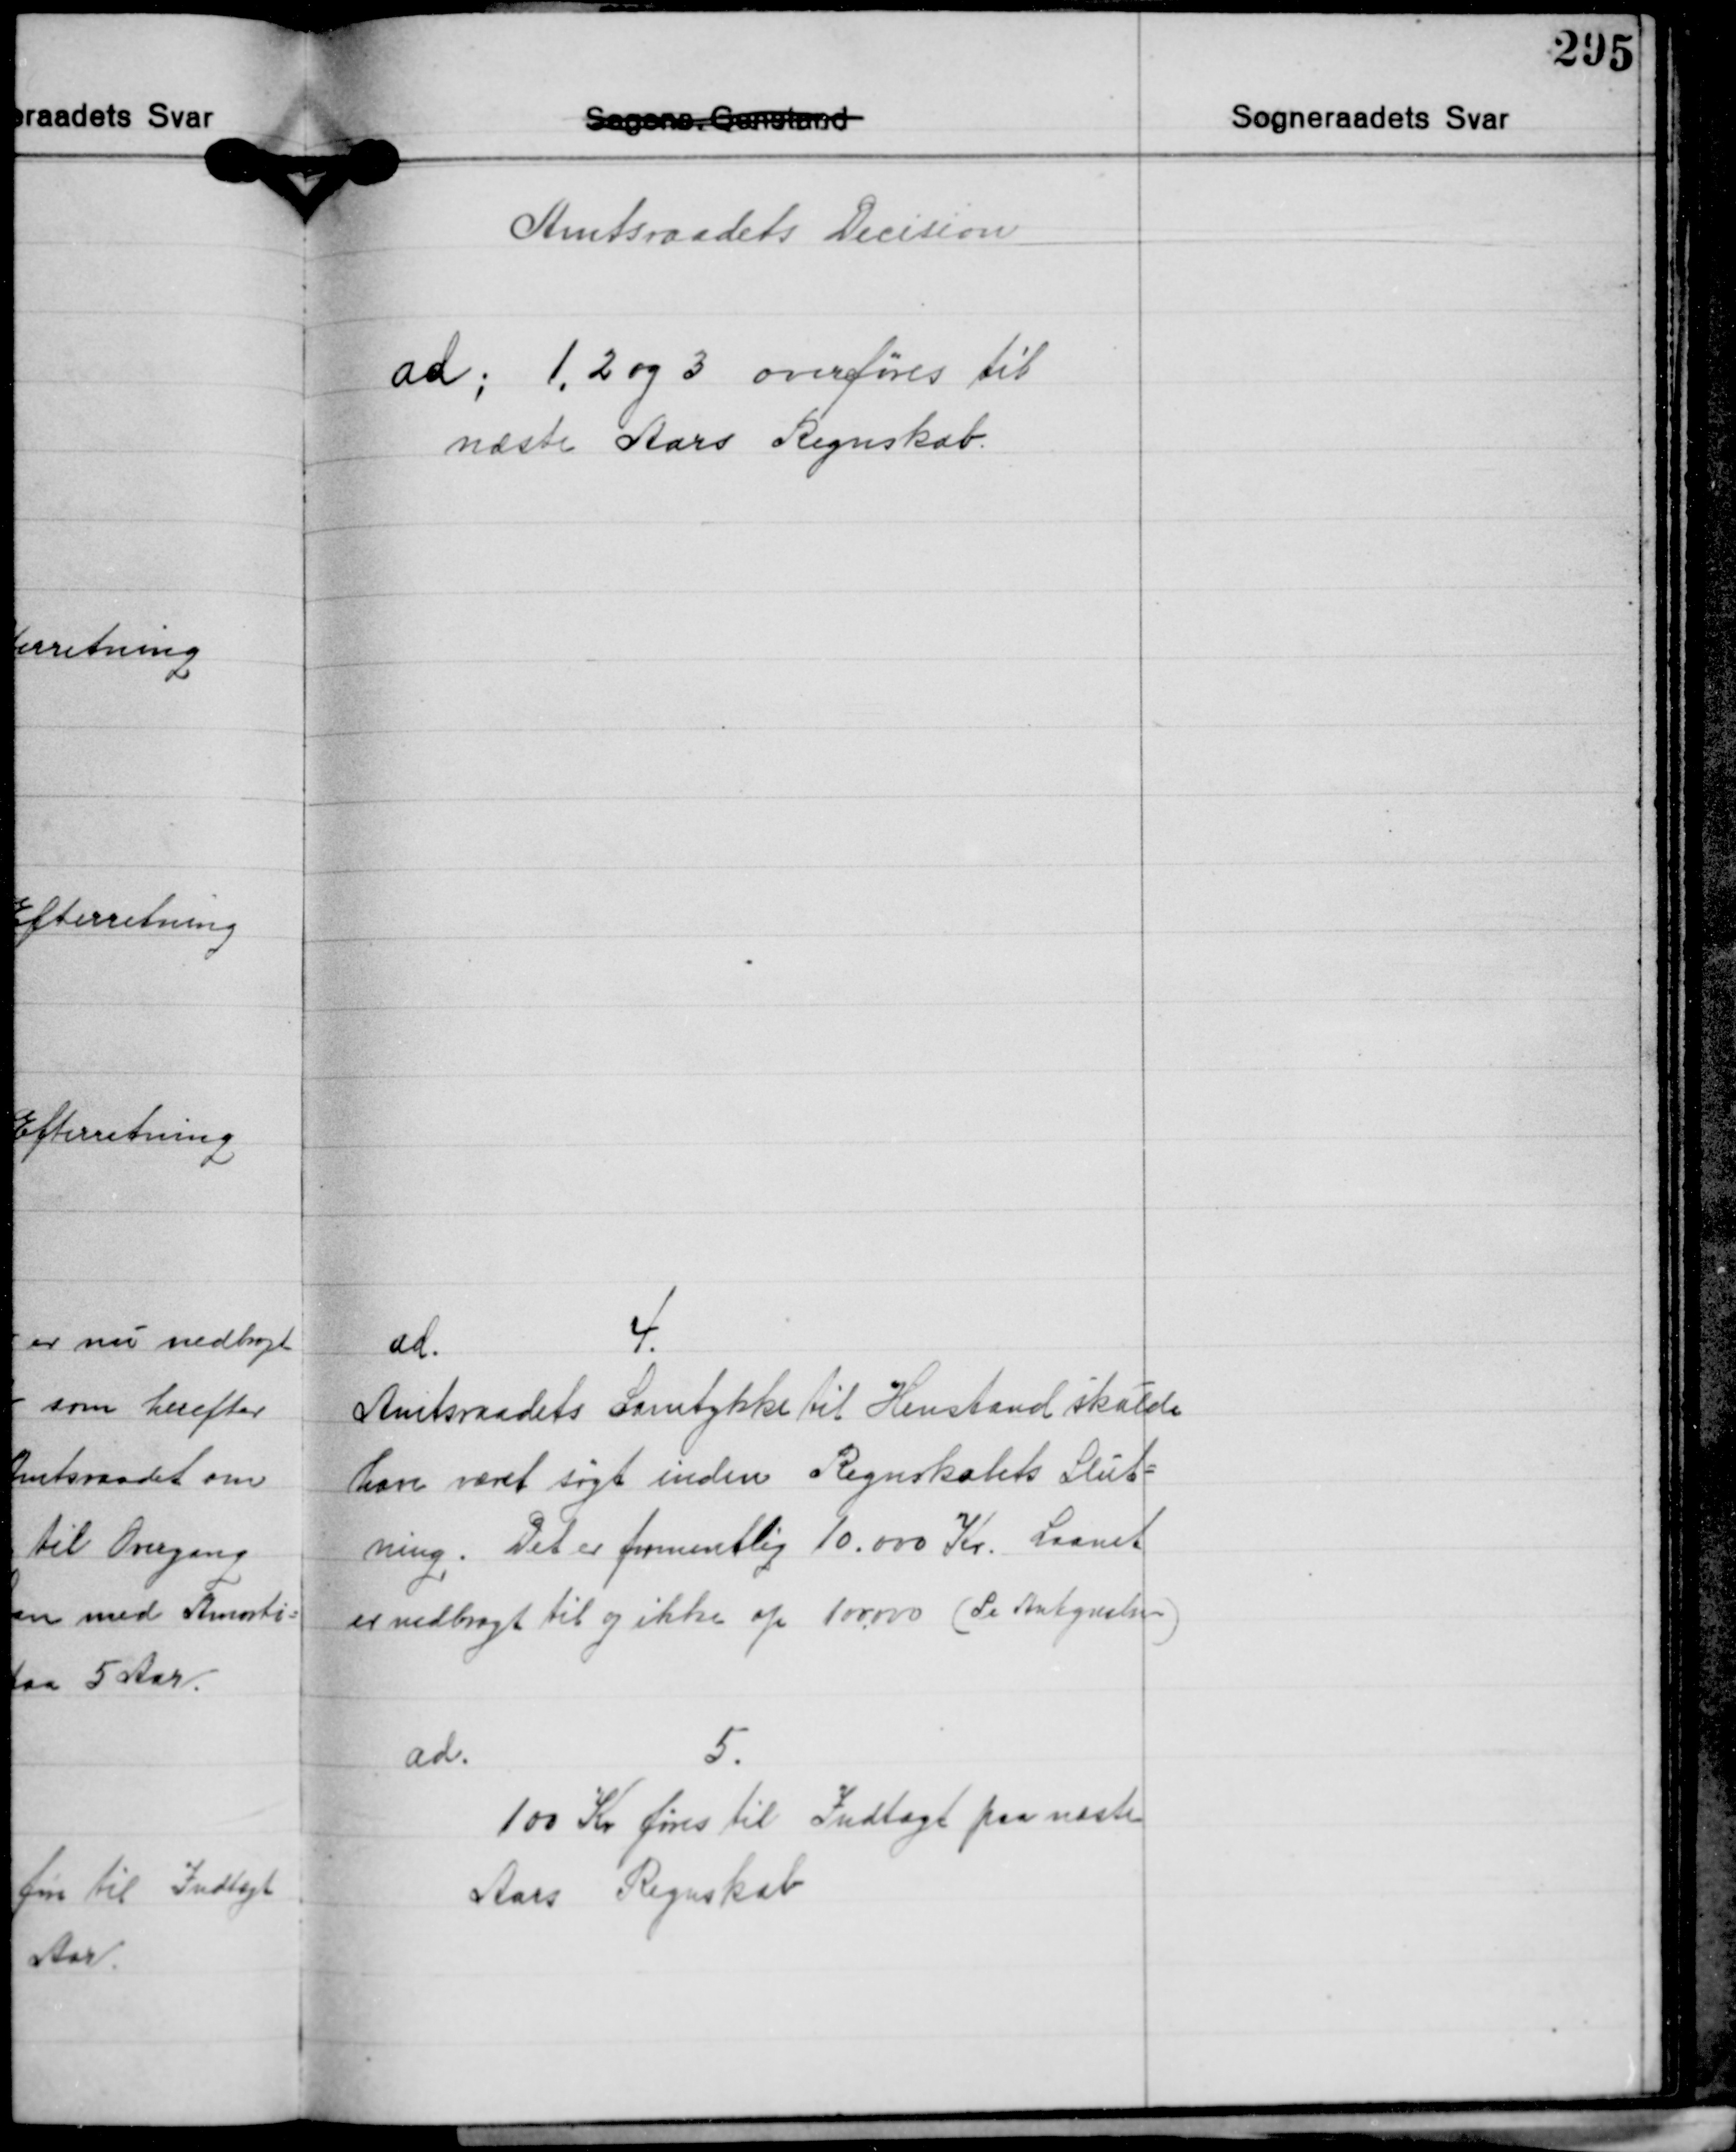
Transskription:
Amtsraadets Decision

ad; 1, 2 og 3 overføres til
næste Aars Regnskab.

ad. 4.
Amtsraadets Samtykke til Henstand skulde
have været søgt inden Regnskabets Slut-
ning. Det er formentlig 10.000 Kr. Laanet
er nedbragt til og ikke op 100.000 (Se Antegnelsen)

ad. 5.
100 Kr. føres til Indtægt paa næste
Aars Regnskab